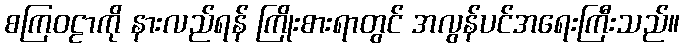
စကြဝဠာကို နားလည်ရန် ကြိုးစားရာတွင် အလွန်ပင်အရေးကြီးသည်။